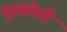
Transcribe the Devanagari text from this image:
मुस्कोगी